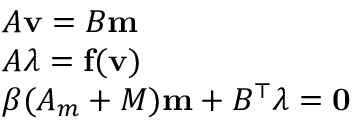
\begin{array} { l } { A \mathbf { v } = B \mathbf { m } } \\ { A \boldsymbol { \lambda } = \mathbf { f } ( \mathbf { v } ) } \\ { \beta ( A _ { m } + M ) \mathbf { m } + B ^ { \top } \boldsymbol { \lambda } = \mathbf { 0 } } \end{array}